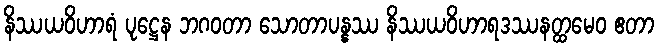
နိဿယဝိဟာရံ ပုဋ္ဌေန ဘဂဝတာ သောတာပန္နဿ နိဿယဝိဟာရဒဿနတ္ထမေဝ ဧတာ